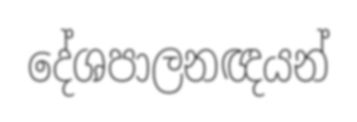
දේශපාලනඥයන්